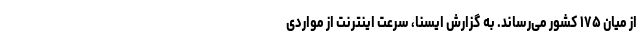
از میان ۱۷۵ کشور می‌رساند. به گزارش ایسنا، سرعت اینترنت از مواردی